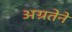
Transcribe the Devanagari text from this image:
अग्रतेने